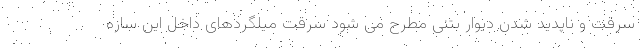
سرقت و ناپدید شدن دیوار بتنی مطرح می شود سرقت میلگردهای داخل این سازه